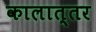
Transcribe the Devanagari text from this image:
कालात्तर